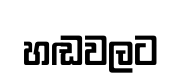
හඬවලට